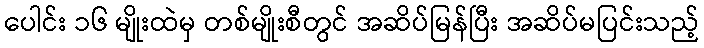
ပေါင်း ၁၆ မျိုးထဲမှ တစ်မျိုးစီတွင် အဆိပ်မြန်ပြီး အဆိပ်မပြင်းသည့်